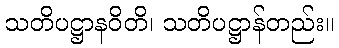
သတိပဋ္ဌာနဝိတိ၊ သတိပဋ္ဌာန်တည်း။